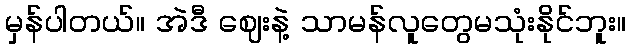
မှန်ပါတယ်။ အဲဒီ ဈေးနဲ့ သာမန်လူတွေမသုံးနိုင်ဘူး။